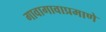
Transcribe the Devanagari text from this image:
गावागावाप्रमाणे